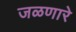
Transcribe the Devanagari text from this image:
जळणारे